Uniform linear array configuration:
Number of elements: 48
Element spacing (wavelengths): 0.5
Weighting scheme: exponential
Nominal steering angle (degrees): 60
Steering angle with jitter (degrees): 61.674
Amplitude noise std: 0.05
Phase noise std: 0.05

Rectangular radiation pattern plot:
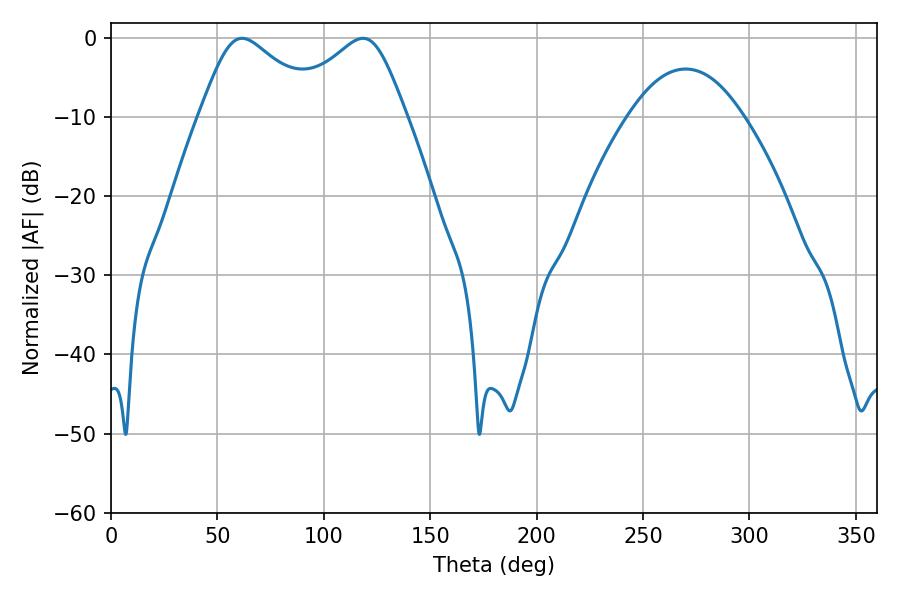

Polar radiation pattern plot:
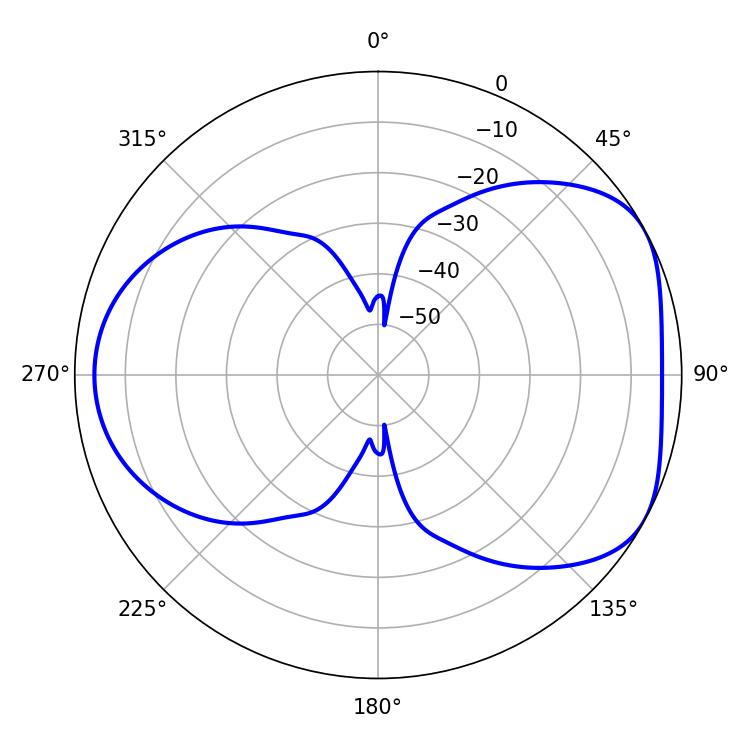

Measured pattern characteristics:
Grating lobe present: FALSE
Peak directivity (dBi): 4.916
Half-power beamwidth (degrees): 28.26
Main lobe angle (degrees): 61.56